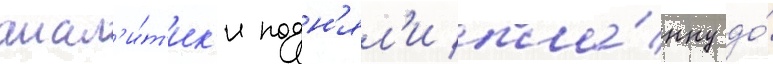
анал'и́т'ик'и подн'ял'и пла́нку до́